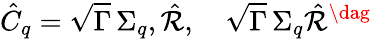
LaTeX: \hat{C}_{q}=\sqrt{\Gamma}\, {\Sigma}_{q},\hat{\mathcal{R}},\quad\sqrt{\Gamma}\, \Sigma_{q}\hat{\mathcal{R}}^{\dag}